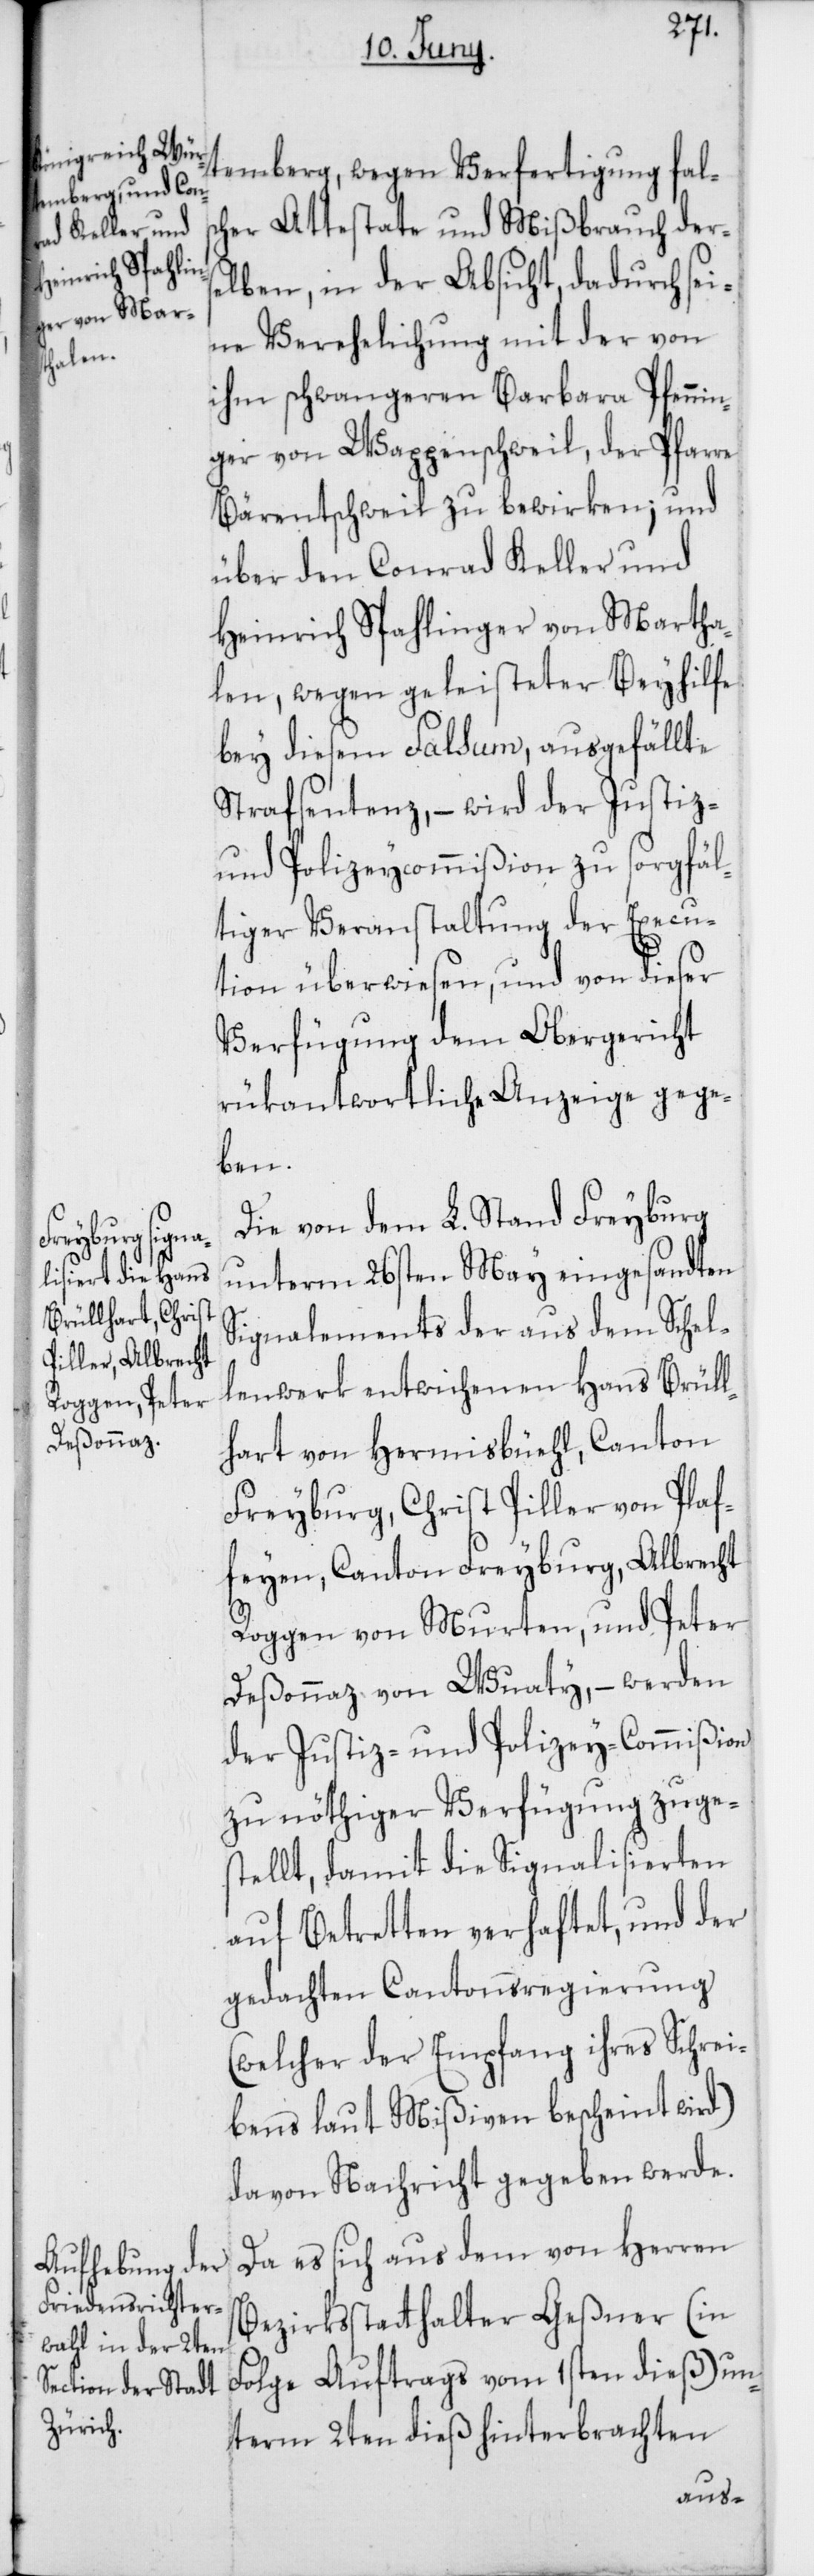
temberg, wegen Verfertigung fals¬
cher Attestate und Mißbrauch ders¬
elben, in der Absicht, dadurch sei¬
ne Verehelichung mit der von
ihm schwangeren Barbara Pfennin¬
ger von Wappenschweil, der Pfarre
Bärentschweil zu bewirken; und
über den Conrad Keller und
Heinrich Spahlinger von Martha¬
len, wegen geleisteter Beyhilfe
bey diesem Falsum, ausgefällte
Strafsentenz, – wird der Justiz-
und Polizey-Commißion zu sorgfäl¬
tiger Veranstaltung der Execu¬
tion überwiesen, und von dieser
Verfügung dem Obergericht
rükantwortliche Anzeige gege¬
ben.
Die von dem L. Stand Freyburg
unterm 26sten May eingesandten
Signalements der aus dem Schel¬
lenwerk entwichenen Hans Brüll¬
hart von Hermisbüehl, Canton
Freyburg, Christ Piller von Plaf¬
feyen, Canton Freyburg, Albrecht
Roggen von Murten, und Peter
Deßonnaz von Wuaty, – werden
der Justiz- und Polizey-Commißion
zu nöthiger Verfügung zuges¬
tellt, damit die Signalisierten
auf Betretten verhaftet, und der
gedachten Cantonsregierung
(welcher der Empfang ihres Schrei¬
bens laut Mißiven bescheint wird)
davon Nachricht gegeben werde.
Da es sich aus dem von Herren
Bezirksstatthalter Geßner (in
Folge Auftrags vom 1sten dieß) un¬
term 2ten dieß hinterbrachten